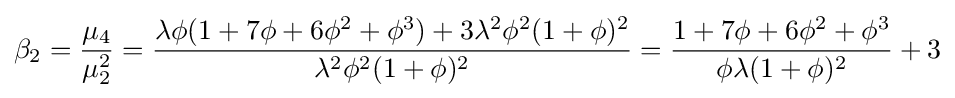
\beta _{2}={\frac {\mu _{4}}{\mu _{2}^{2}}}={\frac {\lambda \phi (1+7\phi +6\phi ^{2}+\phi ^{3})+3\lambda ^{2}\phi ^{2}(1+\phi )^{2}}{\lambda ^{2}\phi ^{2}(1+\phi )^{2}}}={\frac {1+7\phi +6\phi ^{2}+\phi ^{3}}{\phi \lambda (1+\phi )^{2}}}+3